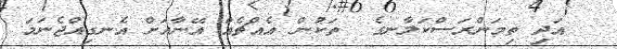
އަދި ތިމަންރަސްކަލާނގެ  ތަކުން އެއްޗެއް އޭނާއަށް އެނގިއްޖެނަމަ